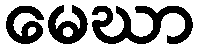
မေဃာ